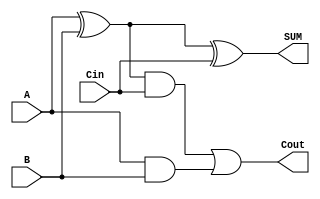
`timescale 1ns / 1ps
//////////////////////////////////////////////////////////////////////////////////
// Company: 
// Engineer: 
// 
// Design Name: 
// Module Name: full_adder
// Project Name: 
// Target Devices: 
// Tool Versions: 
// Description: 
// 
// Dependencies: 
// 
// Revision:
// Revision 0.01 - File Created
// Additional Comments:
// 
//////////////////////////////////////////////////////////////////////////////////


module full_adder(A, B, Cin, SUM, Cout);
input A, B, Cin;
output SUM, Cout;

assign SUM = (A^B)^Cin;
assign Cout = ((A^B)&Cin)|(A&B);


endmodule